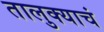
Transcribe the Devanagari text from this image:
तालुक्याचं